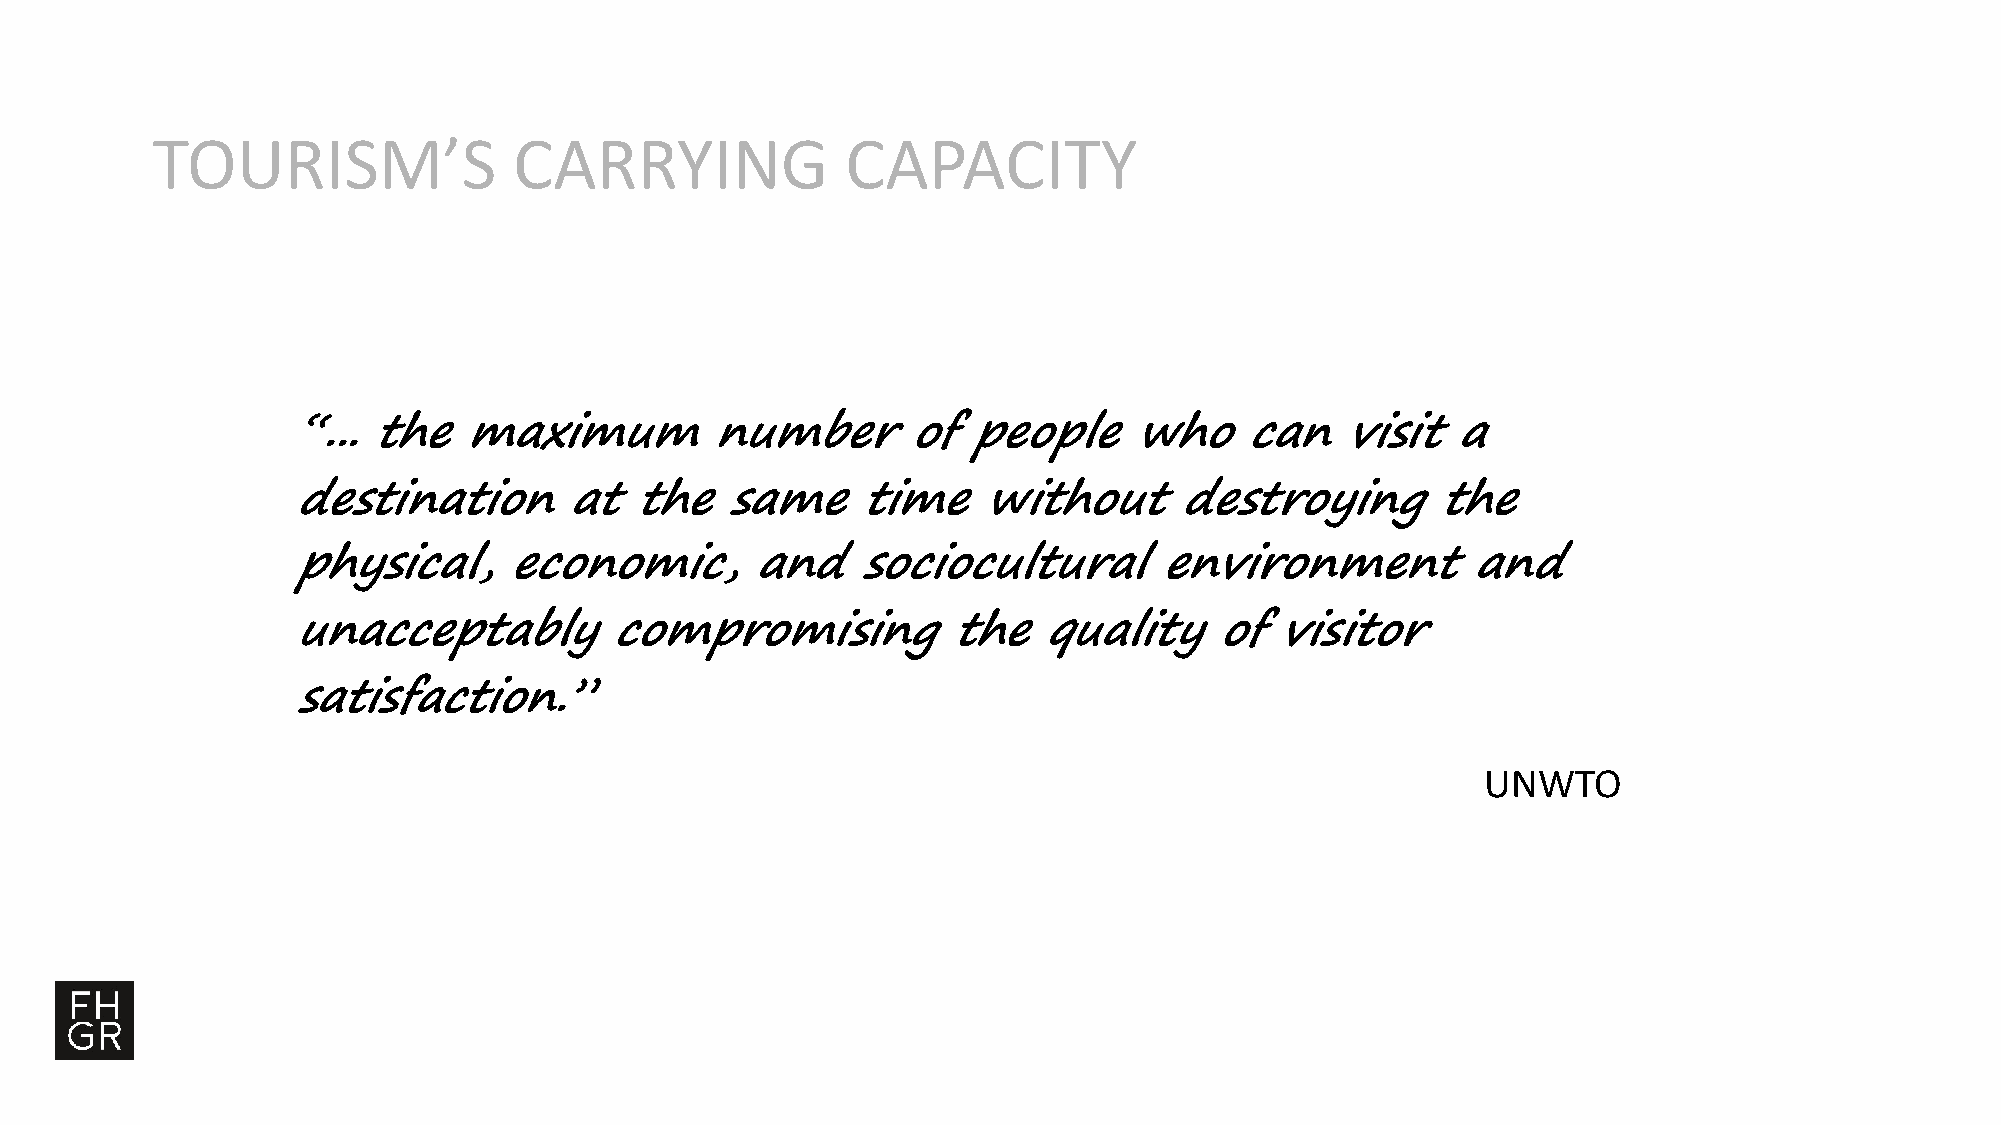
TOURISM’S               CARRYING              CAPACITY
 “... the    maximum         number       of  people     who    can    visit  a
 destination       at   the   same     time    without      destroying       the
 physical,     economic,        and    sociocultural       environment         and
 unacceptably         compromising           the   quality    of  visitor
 satisfaction.”
 UNWTO